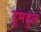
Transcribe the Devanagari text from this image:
दुमडुन